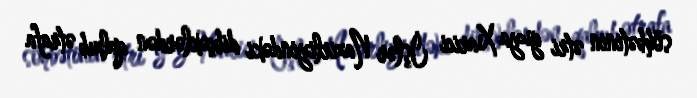
söhbətinin ətri guya Xarici İşlər Nazirliyindəki dibçəklərdən qalxıb ətrafa